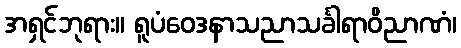
အရှင်ဘုရား။ ရူပံဝေဒနာသညာသင်္ခါရာဝိညာဏံ၊